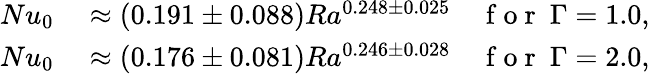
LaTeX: \begin{array}{rl}{Nu_{0}}&{{}\approx(0.191\pm 0.088)Ra^{0.248\pm 0.025}\quad\mathrm{~f~o~r~}\ \Gamma=1.0,}\\ {Nu_{0}}&{{}\approx(0.176\pm 0.081)Ra^{0.246\pm 0.028}\quad\mathrm{~f~o~r~}\ \Gamma=2.0,}\end{array}